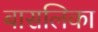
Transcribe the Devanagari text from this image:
बासलिका